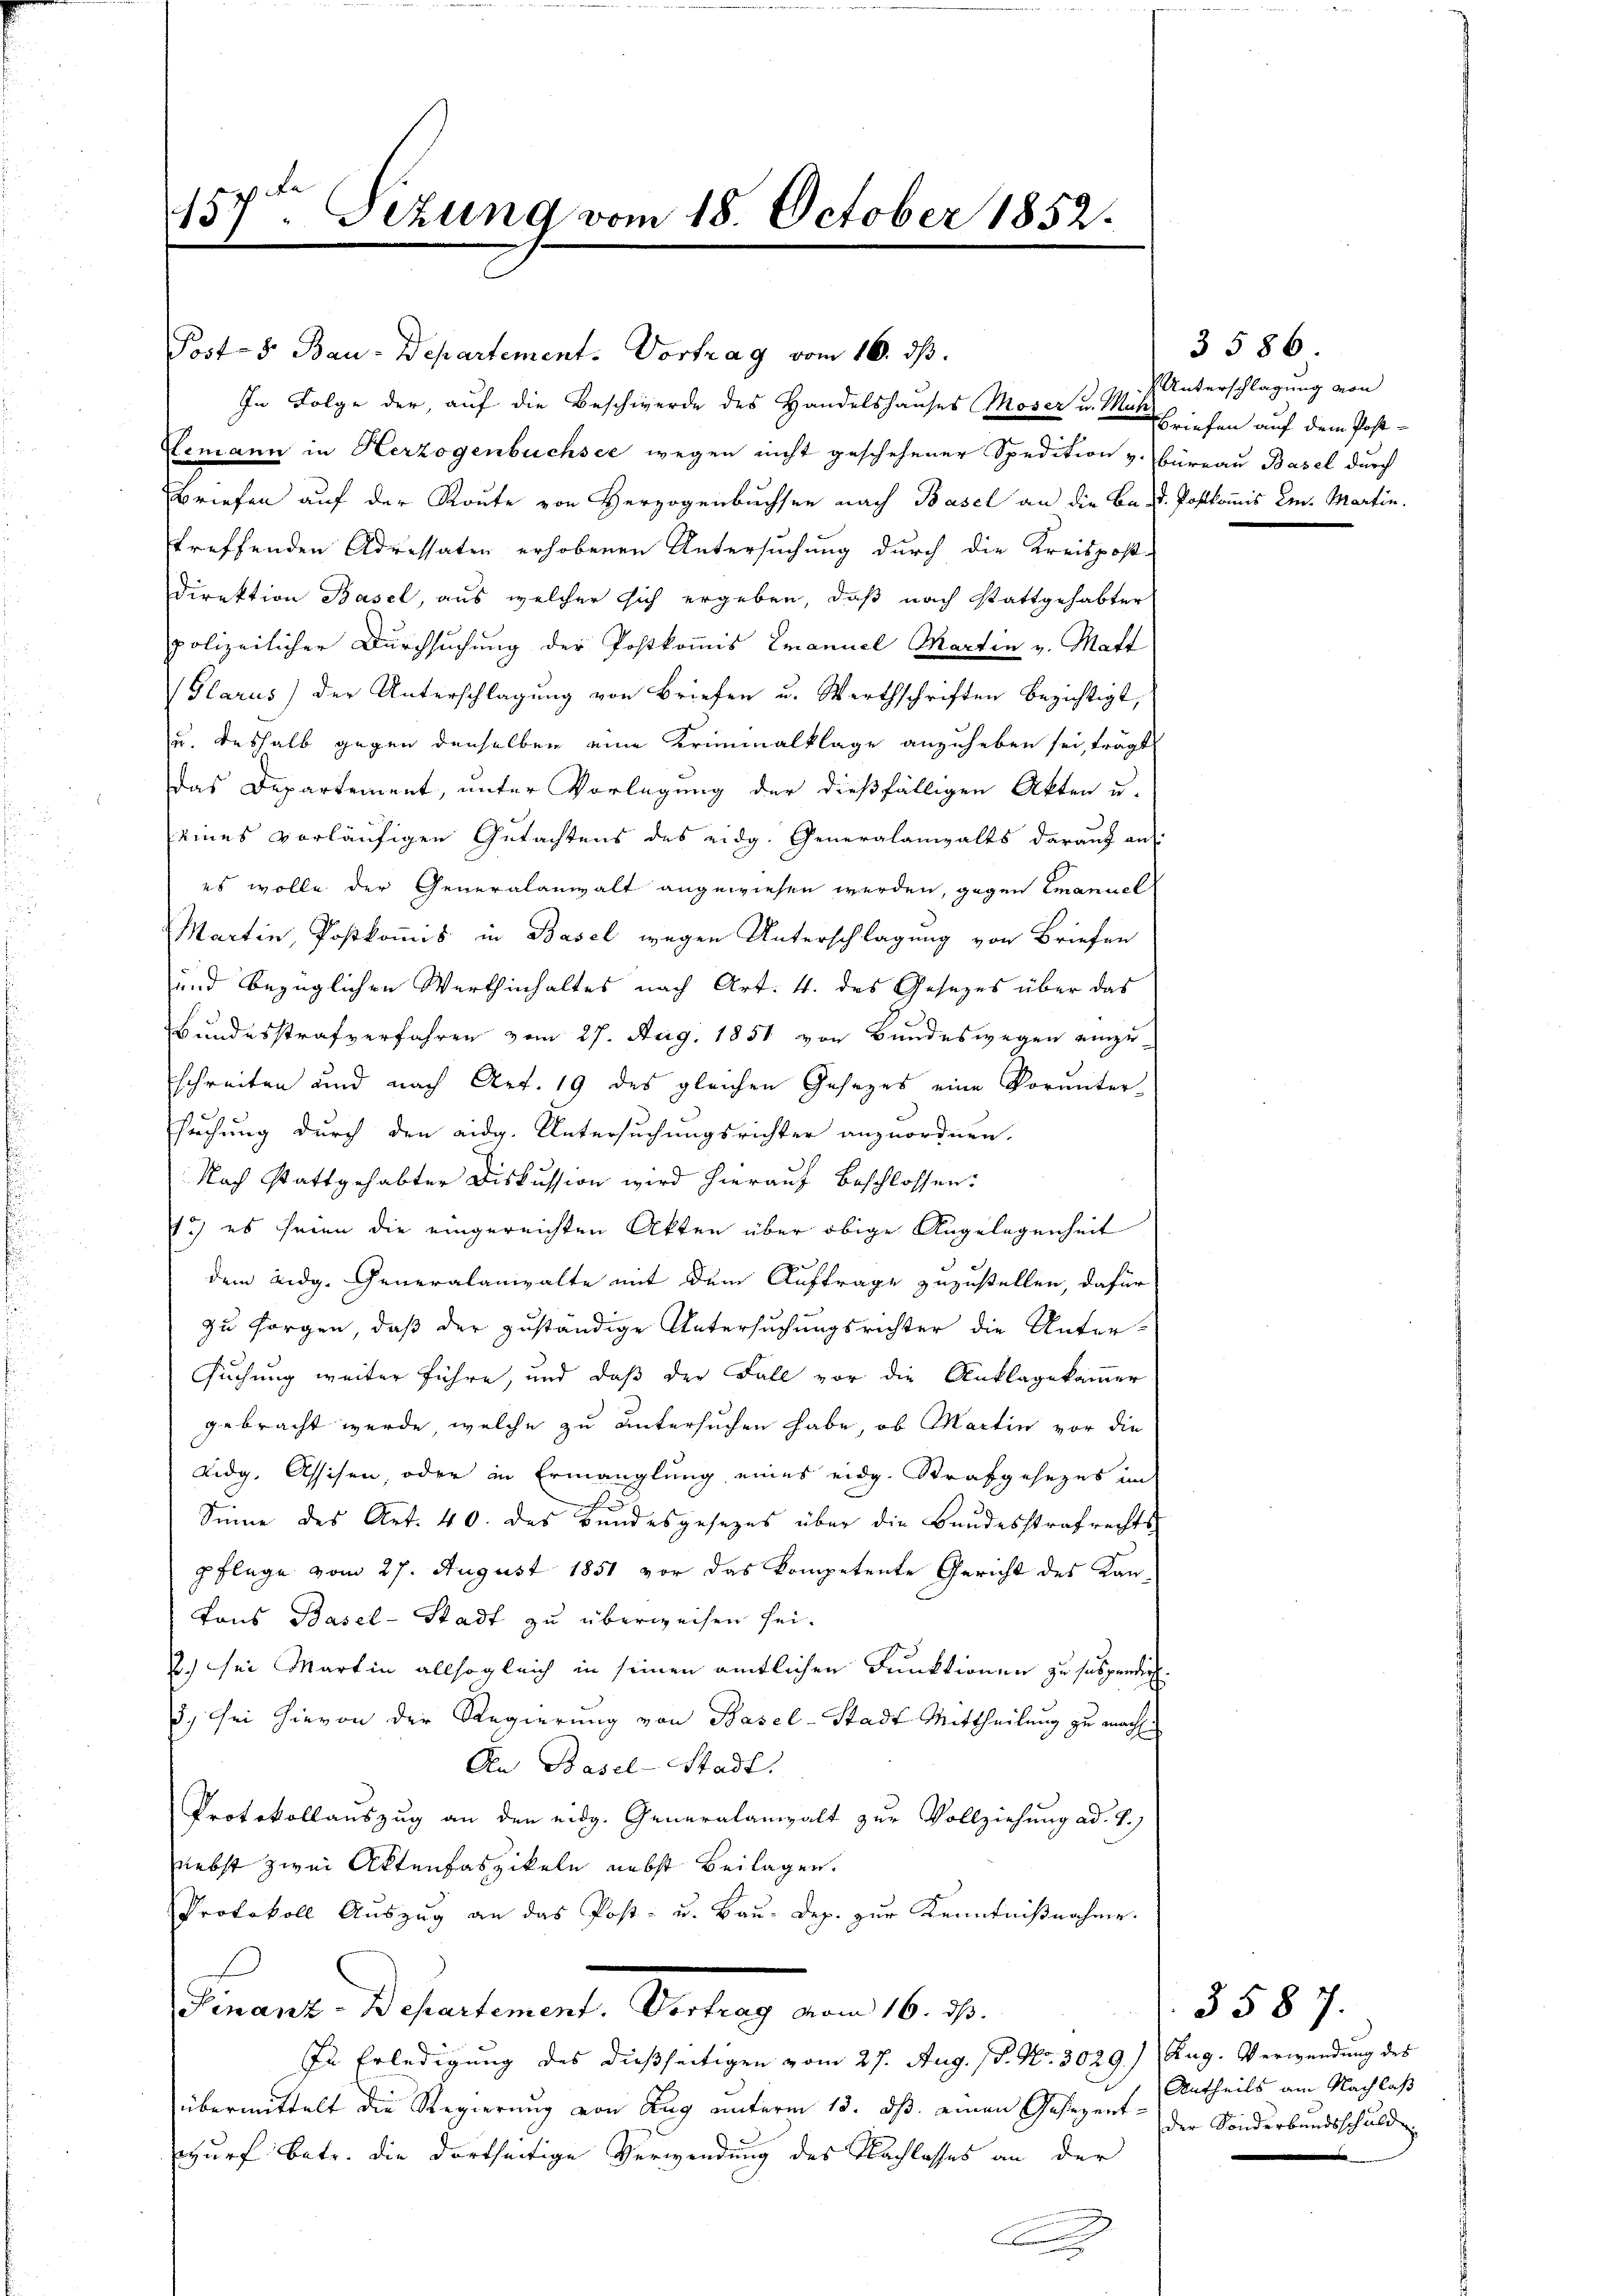
157ten Sizung vom 18. October 1852.

Post- 8. Bau-Departement. Vortrag vom 16. ds.
In Folge der, auf die Beschwerde des Handelshauses Moser u. Mat
Lemann in Herzogenbüchsee wegen nicht geschehener Spedition v. Büreau Basel durch
Briefen auf der Route von Herzogenbuchsen nach Basel an die Bed. Postkommis ein. Martin.
treffenden Adressaten erhobenen Untersuchung durch die Kreispost-
Direktion Basel, aus welcher sich ergeben, daß nach stattgehabter
polizeilicher Durchsuchung der Postkommis Emanuel Martin v. Matt
Glarus) der Unterschlagung von Briefen u. Werthschriften bezichtigt,
u. deshalb gegen denselben eine Kriminalklage anzuheben sei, trägt
Das Departement, unter Vorlegung der dießfälligen Akten u.
eines vorläufigen Gutachtens des eidg. Generalanwalts darauf auf
es wolle der Generalanwalt angewiesen werden, gegen Emanuel
Martin, Postkommis in Basel wegen Unterschlagung von Briefen
und bezüglichen Werthinhaltes nach Art. 4. des Gesezes über das
Bundesstrafverfahren vom 27. Aug. 1851 von Bundeswegen einzu-
schreiten und nach Art. 19 des gleichen Gesezes eine Voruntersuchung durch den eidg. Untersuchungsrichter anzuordnen.
Nach stattgehabter Diskussion wird hierauf beschlossen:
1) es seien die eingereichten Akten über obige Angelegenheit
dem Eidg. Generalanwalte mit dem Auftrage zuzustellen, dafür
zu sorgen, daß der zuständige Untersuchungsrichter die Untersuchung weiter führe, und daß der Fall vor die Anklagekammer
gebracht werde, welche zu untersuchen habe, ob Martin vor die
Lidg. Assisen, oder in Ermanglung eines eidg. Strafgesezes im
x
Sinne des Art. 40. des Bundesgesezes über die Bandesstrafrechts-
pflege vom 27. August 1851 vor das kompetente Gericht des Kan¬
Tons Basel-Stadt zu überweisen sei.
) sei Martin allsogleich in seinen amtlichen Funktionen zu suspender
3.) Sei hievon der Regierung von Basel-Stadt Mittheilung zu macht.
An Basel-Stadt.
Protokollauszug an den eidg. Generalanwalt zur Vollziehung ad. 4.)
nebst zwei Aktenfaszikeln nebst Beilagen.
Protokoll Auszug an das Post- u. Bau-Dep. zur Kenntnißnahme.
Finanz-Departement. Vortrag vom 16. ds.
In Erledigung des dießseitigen vom 27. Aug. 18. No. 3029.) Aug. Verwendung des
übermittelt die Regierung von Zug unterm 13. ds. einen Gesezentwurf betr. die dortseitige Verwendung des Nachlasses an der
.

3586
Unterschlagung von
Bbriefen auf dem Post-

3587.
Antheils am Nachlaß
der Sonderbundsschuld